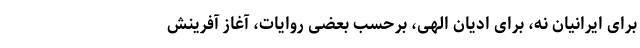
برای ایرانیان نه، برای ادیان الهی، برحسب بعضی روایات، آغاز آفرینش